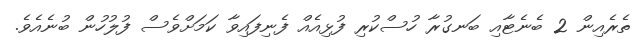
ތެރެއިން 2 ބެނެޓާއި ބަނގުރާ ހުސްކުރި ފުޅިއެއް ފެނިފައިވާ ކަމަށްވެސް ފުލުހުން ބުނެއެވެ.